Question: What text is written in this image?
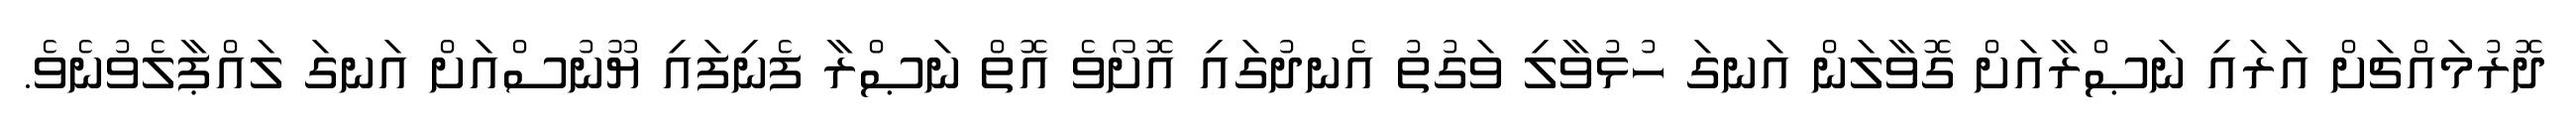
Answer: ދޮރުމައްޗަށް އަރައި ނަޞްރާއަށް ގޮވާލަން އަނގަ ހުޅުވާލި ވަގުތު އެނދުގައި އޮށޯވެ އޮތް ނަޞްރާ ފެނިފައި ޔޫނުސްއަށް އަނގަ ލައްޕާލެވުނެވެ.